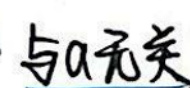
与\(a\)无关